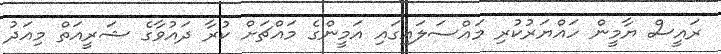
ރައީސް ޔާމީން ހައްޔަރުކުރި މައްސަލައިގައި އަމީންގެ މައްޗަށް ކުރާ ދައުވާގެ ޝަރީއަތް މިއަދު